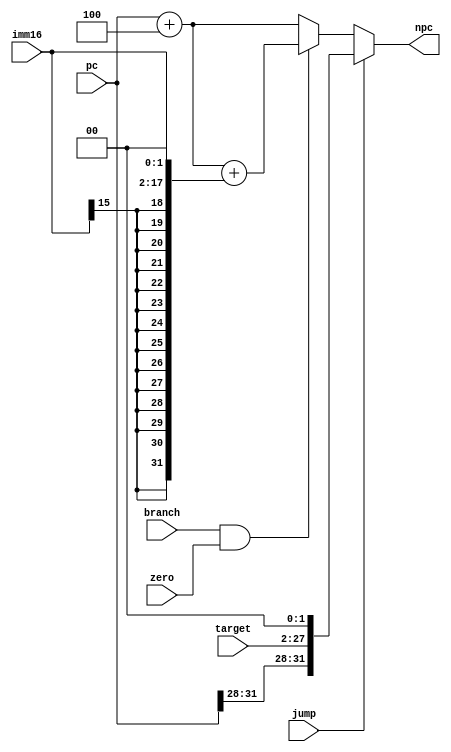
module npc (pc,imm16,branch,zero,jump,target,npc);

	input [31:0]pc;
	input [15:0] imm16;
	input branch,zero,jump;
	input [25:0]target;
	output [31:0] npc;

	wire [31:0] pc_plus_4,pc_br,pc_jump;
	assign pc_plus_4=pc+4;
	assign pc_br=pc_plus_4+{{14{imm16[15]}},imm16,2'b00};
	assign pc_jump={pc[31:28],target,2'b00};
	assign npc=jump? pc_jump : ((branch&zero)? pc_br : pc_plus_4);

endmodule